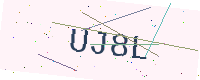
Text: UJ8L